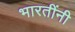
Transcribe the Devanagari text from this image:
भारतींनी